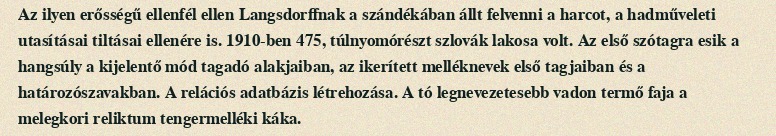
Az ilyen erősségű ellenfél ellen Langsdorffnak a szándékában állt felvenni a harcot, a hadműveleti utasításai tiltásai ellenére is. 1910-ben 475, túlnyomórészt szlovák lakosa volt. Az első szótagra esik a hangsúly a kijelentő mód tagadó alakjaiban, az ikerített melléknevek első tagjaiban és a határozószavakban. A relációs adatbázis létrehozása. A tó legnevezetesebb vadon termő faja a melegkori reliktum tengermelléki káka.